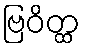
ဗြဝိတ္ထ